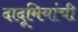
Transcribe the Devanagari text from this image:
दादूमियांची